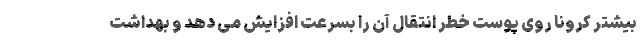
بیشتر کرونا روی پوست خطر انتقال آن را بسرعت افزایش می دهد و بهداشت